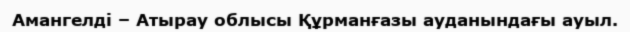
Амангелді – Атырау облысы Құрманғазы ауданындағы ауыл.